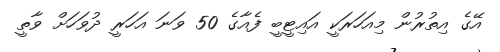
އޭގެ އިތުރުން މިއަހަރަކީ އައިޓީބީ ފެއާގެ 50 ވަނަ އަހަރީ ދުވަހަށް ވާތީ